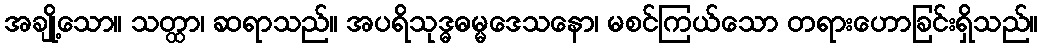
အချို့သော။ သတ္ထာ၊ ဆရာသည်။ အပရိသုဒ္ဓဓမ္မဒေသနော၊ မစင်ကြယ်သော တရားဟောခြင်းရှိသည်။